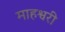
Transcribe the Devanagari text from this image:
माहश्वरी